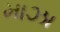
માઝા